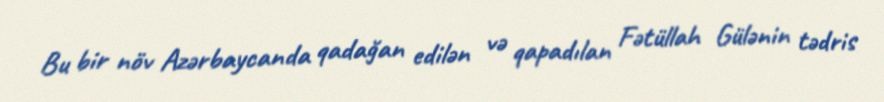
Bu bir növ Azərbaycanda qadağan edilən və qapadılan Fətüllah Gülənin tədris